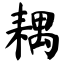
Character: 耦